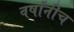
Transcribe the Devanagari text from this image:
वर्षांनीच